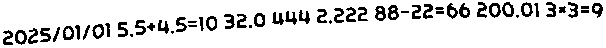
2025/01/01 5.5+4.5=10 32.0 444 2.222 88-22=66 200.01 3×3=9